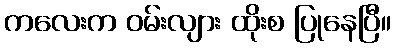
ကလေးက ဝမ်းလျား ထိုးစ ပြုနေပြီ။